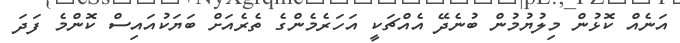
އަނެއް ކޮޅުން މިލުޔުމުން ބުނެދޭ އެއްޗަކީ އަހަރެމެންގެ ތެރެއަށް ބަޔަކުއައިސް ކޮންމެ ފަދަ